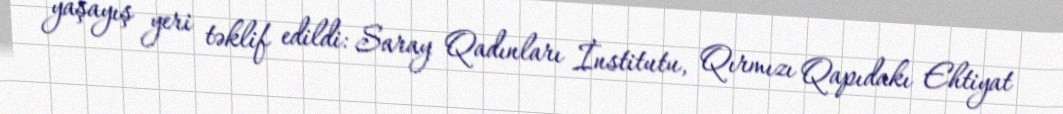
yaşayış yeri təklif edildi: Saray Qadınları İnstitutu, Qırmızı Qapıdakı Ehtiyat